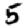
Digit: 5